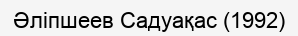
Әліпшеев Садуақас (1992)